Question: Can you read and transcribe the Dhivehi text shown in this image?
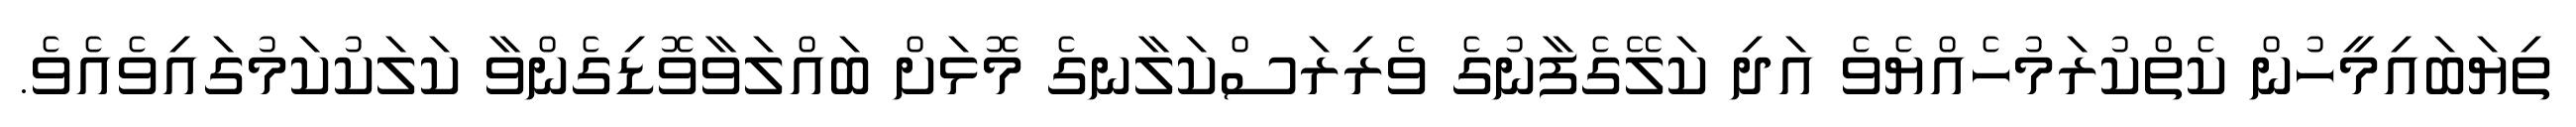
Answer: ތިޔަބައިމީހުން ކެތްކުރަމުހެއްޔެވެ އަދި ކަލޭގެފާނުގެ ވެރިރަސްކަލާނގެ މޮޅަށް ބައްލަވާވޮޑިގެންވާ ކަލަކުކަމުގައިވެއެވެ.